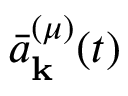
{ \bar { a } } _ { \mathbf { k } } ^ { ( \mu ) } ( t )